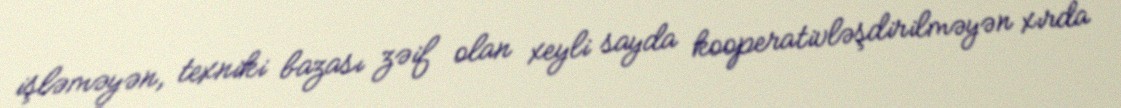
işləməyən, texniki bazası zəif olan xeyli sayda kooperativləşdirilməyən xırda